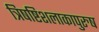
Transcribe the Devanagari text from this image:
त्रिषष्टिशलाकापुरुष